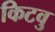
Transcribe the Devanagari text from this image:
किटवु